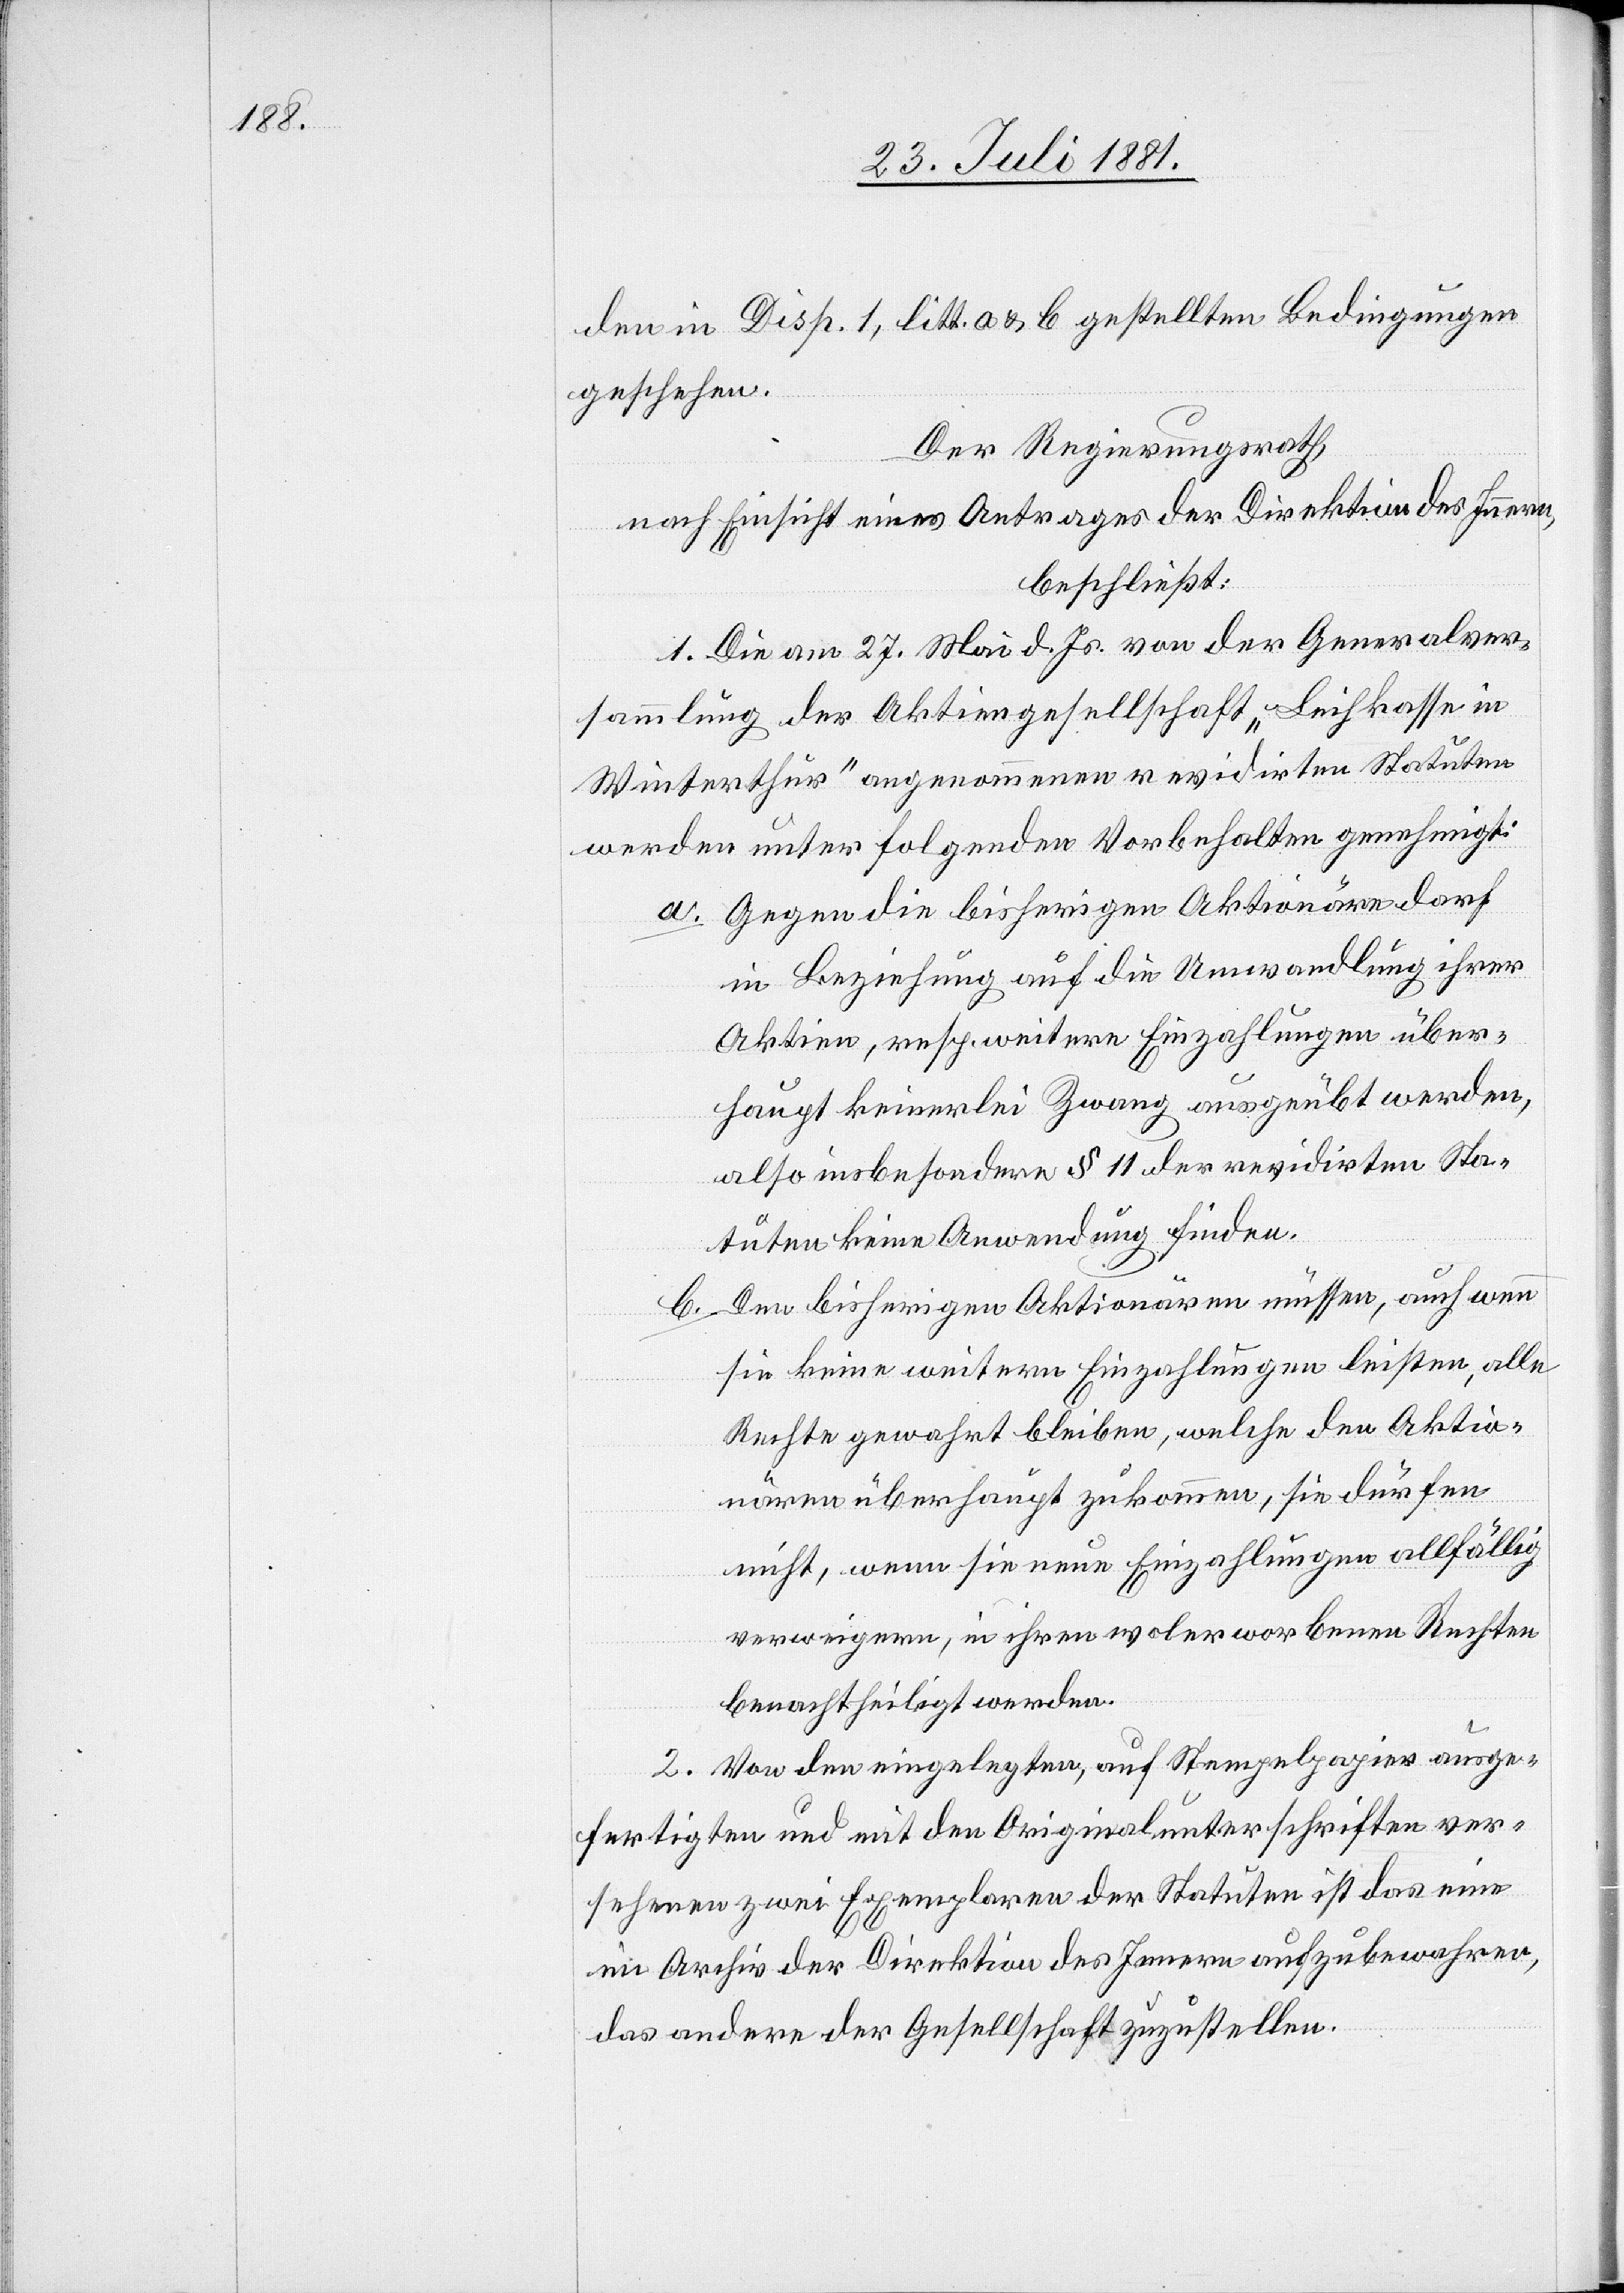
den in Disp. 1, litt. a & b gestellten Bedingungen
geschehen.
Der Regierungsrath,
nach Einsicht eines Antrages der Direktion des Innern,
beschließt:
1. Die am 27. Mai d. Js. von der Generalver¬
sammlung der Aktiengesellschaft „Leihkasse in
Winterthur“ angenommenen revidirten Statuten
werden unter folgenden Vorbehalten genehmigt:
a. Gegen die bisherigen Aktionäre darf
in Beziehung auf die Umwandlung ihrer
Aktien, resp. weitere Einzahlungen über¬
haupt keinerlei Zwang ausgeübt werden,
also insbesondere § 11 der revidirten Sta¬
tuten keine Anwendung finden.
b. Den bisherigen Aktionären müssen, auch wenn
sie keine weitern Einzahlungen leisten, alle
Rechte gewahrt bleiben, welche den Aktio¬
nären überhaupt zukommen, sie dürfen
nicht, wenn sie neue Einzahlungen allfällig
verweigern, in ihren wolerworbenen Rechten
benachtheiligt werden.
2. Von den eingelegten, auf Stempelpapier ausge¬
fertigten und mit den Originalunterschriften ver¬
sehenen zwei Exemplaren der Statuten ist das eine
im Archiv der Direktion des Innern aufzubewahren,
das andere der Gesellschaft zuzustellen.